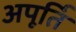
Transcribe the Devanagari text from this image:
अपूर्ति